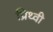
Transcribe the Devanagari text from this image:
प्रिथ्वी